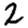
Digit: 2